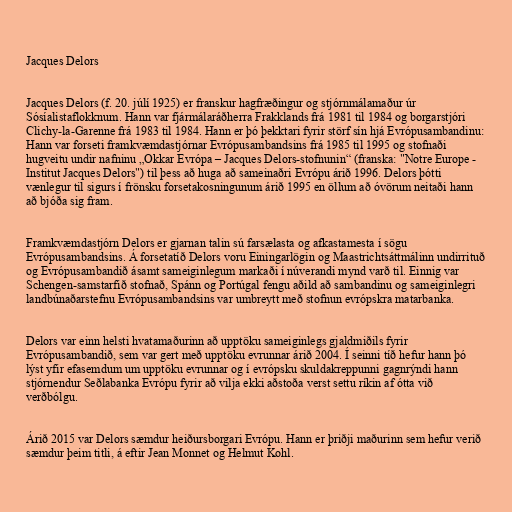
Jacques Delors

Jacques Delors (f. 20. júlí 1925) er franskur hagfræðingur og stjórnmálamaður úr
Sósíalistaflokknum. Hann var fjármálaráðherra Frakklands frá 1981 til 1984 og borgarstjóri
Clichy-la-Garenne frá 1983 til 1984. Hann er þó þekktari fyrir störf sín hjá Evrópusambandinu:
Hann var forseti framkvæmdastjórnar Evrópusambandsins frá 1985 til 1995 og stofnaði
hugveitu undir nafninu „Okkar Evrópa – Jacques Delors-stofnunin“ (franska: "Notre Europe -
Institut Jacques Delors") til þess að huga að sameinaðri Evrópu árið 1996. Delors þótti
vænlegur til sigurs í frönsku forsetakosningunum árið 1995 en öllum að óvörum neitaði hann
að bjóða sig fram.

Framkvæmdastjórn Delors er gjarnan talin sú farsælasta og afkastamesta í sögu
Evrópusambandsins. Á forsetatíð Delors voru Einingarlögin og Maastrichtsáttmálinn undirrituð
og Evrópusambandið ásamt sameiginlegum markaði í núverandi mynd varð til. Einnig var
Schengen-samstarfið stofnað, Spánn og Portúgal fengu aðild að sambandinu og sameiginlegri
landbúnaðarstefnu Evrópusambandsins var umbreytt með stofnun evrópskra matarbanka.

Delors var einn helsti hvatamaðurinn að upptöku sameiginlegs gjaldmiðils fyrir
Evrópusambandið, sem var gert með upptöku evrunnar árið 2004. Í seinni tíð hefur hann þó
lýst yfir efasemdum um upptöku evrunnar og í evrópsku skuldakreppunni gagnrýndi hann
stjórnendur Seðlabanka Evrópu fyrir að vilja ekki aðstoða verst settu ríkin af ótta við
verðbólgu.

Árið 2015 var Delors sæmdur heiðursborgari Evrópu. Hann er þriðji maðurinn sem hefur verið
sæmdur þeim titli, á eftir Jean Monnet og Helmut Kohl.